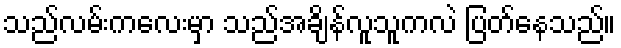
သည်လမ်းကလေးမှာ သည်အချိန်လူသူကလဲ ပြတ်နေသည်။